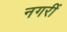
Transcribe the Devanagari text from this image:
नगरीं